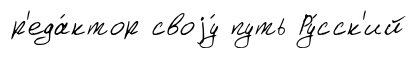
р'еда́ктор своjу́ путь Ру́сск'ий